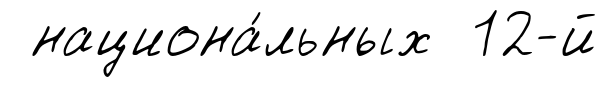
национа́льных 12-й